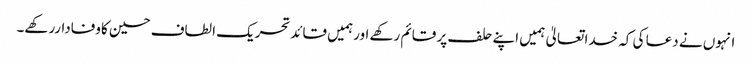
انہوں نے دعا کی کہ خدا تعالیٰ ہمیں اپنے حلف پر قائم رکھے اورہمیں قائدتحریک الطاف حسین کاوفاداررکھے۔